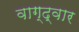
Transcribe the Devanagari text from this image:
वाग्द्वार